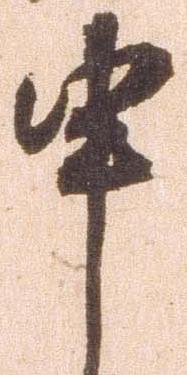
申